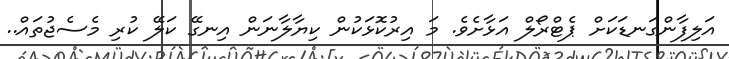
އަލިފާންގަނޑަކަށް ޕެޓްރޯލް އަޅާށެވެ. މަ އިރުކޮޅަކުން ކިޔާލާނަން އިނގޭ ކަލޭ ކުރި މެސެޖުތައް..